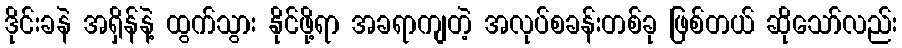
ဒိုင်းခနဲ အရှိန်နဲ့ ထွက်သွား နိုင်ဖို့ရာ အခရာကျတဲ့ အလုပ်စခန်းတစ်ခု ဖြစ်တယ် ဆိုသော်လည်း